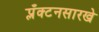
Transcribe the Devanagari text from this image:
प्लँक्टनसारखे